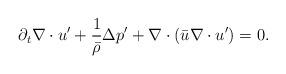
LaTeX: \begin{align*}\partial_t \nabla \cdot u' +\frac{1}{\bar{\rho}} \Delta p'+ \nabla \cdot \left( \bar{u} \nabla \cdot u' \right) = 0.\end{align*}